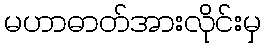
မဟာဓာတ်အားလိုင်းမှ